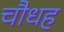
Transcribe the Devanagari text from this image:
चौधह